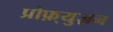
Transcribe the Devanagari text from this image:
प्रोफ़्युज़न